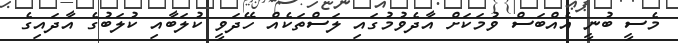
މެސީ ބުނީ އެއްބަސް ވުމަކަށް އާދެވުމުގައި ލަސްތަކެއް ހޭދަވީ ކުލަބާއި ކުލަބުގެ އާދައިގެ